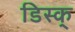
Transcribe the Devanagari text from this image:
डिस्क्